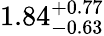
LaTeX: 1.84_{-0.63}^{+0.77}